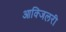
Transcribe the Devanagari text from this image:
आक्जिलरी